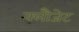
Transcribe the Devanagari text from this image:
क्लौजेट